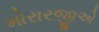
મોરારજીએ